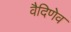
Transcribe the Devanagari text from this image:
वैदिणेव